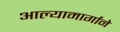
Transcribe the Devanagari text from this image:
आल्यामार्गाने